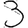
Digit: 3